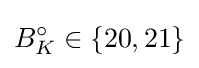
B_{K}^{\circ }\in \{20,21\}